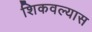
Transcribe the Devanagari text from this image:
शिकवल्यास